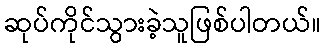
ဆုပ်ကိုင်သွားခဲ့သူဖြစ်ပါတယ်။